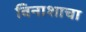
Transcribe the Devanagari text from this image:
विनाशाचा